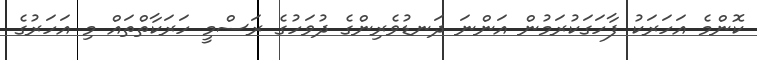
ކޮންމެ އަހަރަކު ފާހަގަކުރަމުން އަންނަ ދަނޑުވެރިންގެ ދުވަހުގެ ރަސްމީ ހަރަކާތްތައް މި އަހަރުގެ